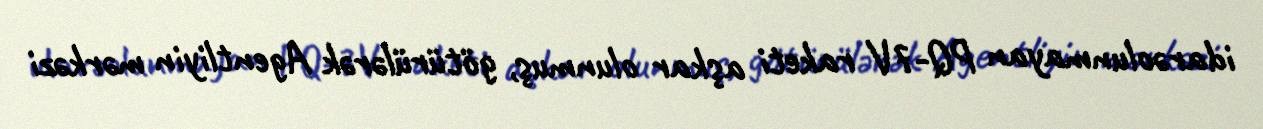
idarəolunmayan PQ-7V raketi aşkar olunmuş, götürülərək Agentliyin mərkəzi